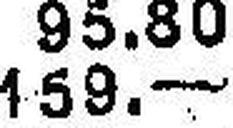
159.—